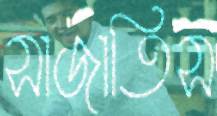
সাজাতিস